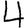
Digit: 4